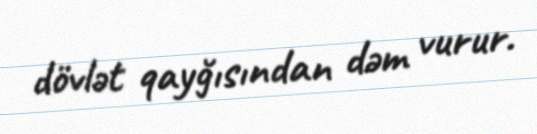
dövlət qayğısından dəm vurur.